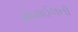
મોબાઈલની